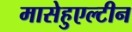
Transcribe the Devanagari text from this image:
मासेहुएल्टीन